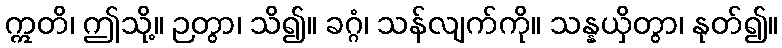
ဣတိ၊ ဤသို့။ ဉတွာ၊ သိ၍။ ခဂ္ဂံ၊ သန်လျက်ကို။ သန္နယှိတွာ၊ နုတ်၍။